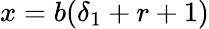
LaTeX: x=b(\delta_{1}+r+1)